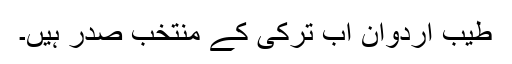
طیب اردوان اب ترکی کے منتخب صدر ہیں۔